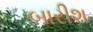
બારીશ